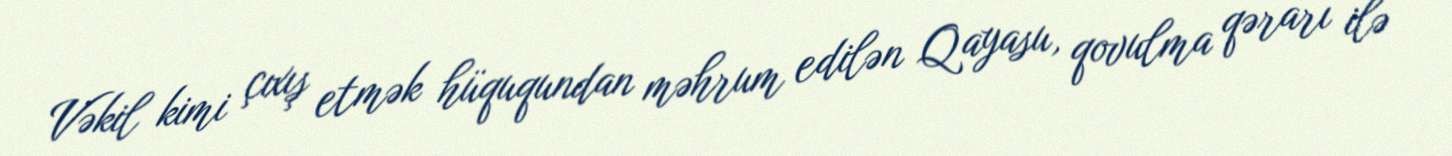
Vəkil kimi çıxış etmək hüququndan məhrum edilən Qayasu, qovulma qərarı ilə